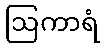
ဩကာရံ